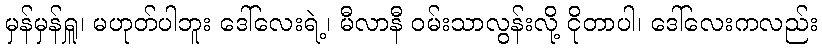
မှန်မှန်ရှူ၊ မဟုတ်ပါဘူး ဒေါ်လေးရဲ့၊ မီလာနီ ဝမ်းသာလွန်းလို့ ငိုတာပါ၊ ဒေါ်လေးကလည်း